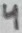
Text: 4